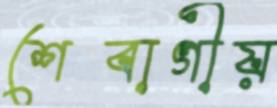
শেবাগীয়